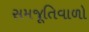
સમજૂતિવાળો